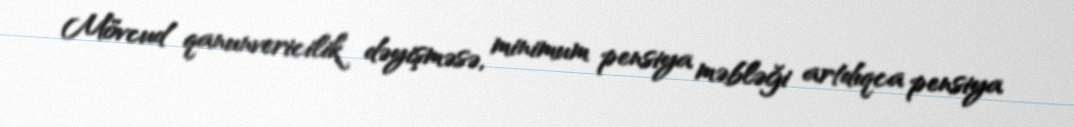
Mövcud qanunvericilik dəyişməsə, minimum pensiya məbləği artdıqca pensiya